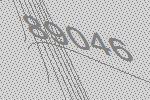
89046